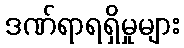
ဒဏ်ရာရရှိမှုများ